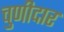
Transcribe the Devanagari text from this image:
चुणीदार